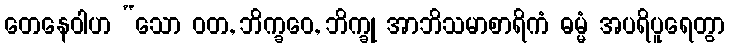
တေနေဝါဟ “သော ဝတ, ဘိက္ခဝေ, ဘိက္ခု အာဘိသမာစာရိကံ ဓမ္မံ အပရိပူရေတွာ